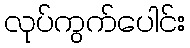
လုပ်ကွက်ပေါင်း